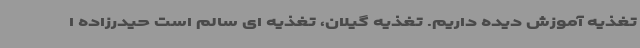
تغذیه آموزش دیده داریم. تغذیه گیلان، تغذیه ای سالم است حیدرزاده ا